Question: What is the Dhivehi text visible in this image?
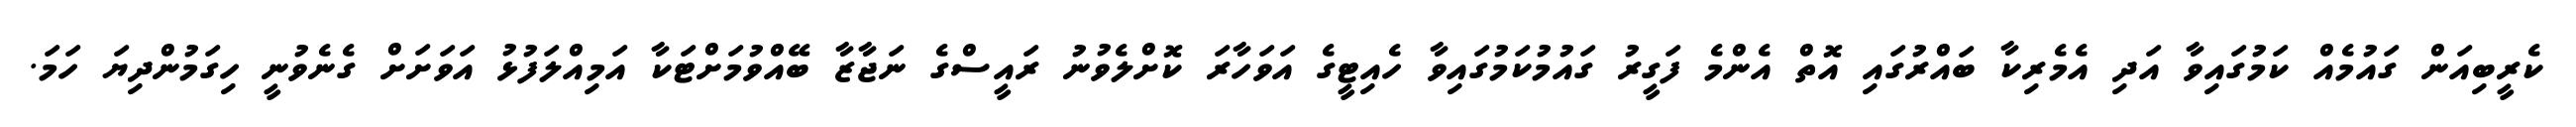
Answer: ކެރީބިއަން ގައުމެއް ކަމުގައިވާ އަދި އެމެރިކާ ބައްރުގައި އޮތް އެންމެ ފަގީރު ގައުމުކަމުގައިވާ ހެއިޓީގެ އަވަހާރަ ކޮށްލެވުނު ރައީސްގެ ނަޖާޒާ ބޭއްވުމަށްޓަކާ އަމިއްލަފުޅު އަވަށަށް ގެނެވުނީ ހިގަމުންދިޔަ ހަމަ.